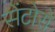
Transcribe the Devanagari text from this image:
सेंटोरो